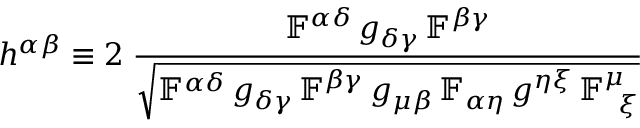
h ^ { \alpha \beta } \equiv 2 \; \frac { \mathbb { F } ^ { \alpha \delta } \, g _ { \delta \gamma } \, \mathbb { F } ^ { \beta \gamma } } { \sqrt { \mathbb { F } ^ { \alpha \delta } \, g _ { \delta \gamma } \, \mathbb { F } ^ { \beta \gamma } \, g _ { \mu \beta } \, \mathbb { F } _ { \alpha \eta } \, g ^ { \eta \xi } \, \mathbb { F } _ { \; \; \xi } ^ { \mu } } }